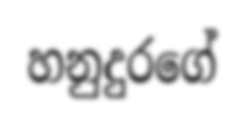
හනුදුරගේ